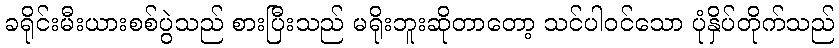
ခရိုင်းမီးယားစစ်ပွဲသည် စားပြီးသည် မရိုးဘူးဆိုတာတော့ သင်ပါဝင်သော ပုံနှိပ်တိုက်သည်